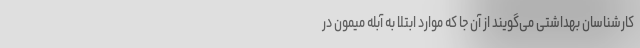
کارشناسان بهداشتی می‌گویند از آن جا که موارد ابتلا به آبله میمون در